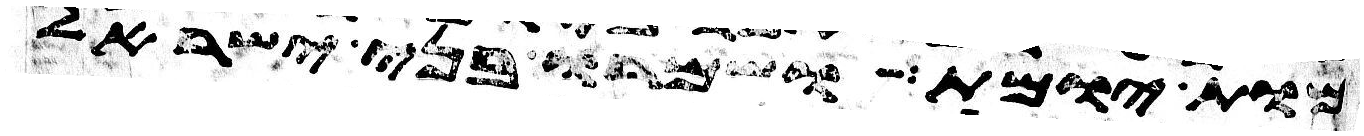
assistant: מות יומת ושמרו בני ישראל